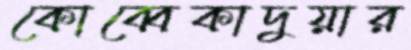
কোব্বেকাদুয়ার